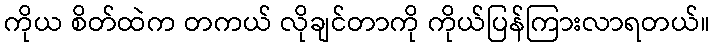
ကိုယ စိတ်ထဲက တကယ် လိုချင်တာကို ကိုယ်ပြန်ကြားလာရတယ်။